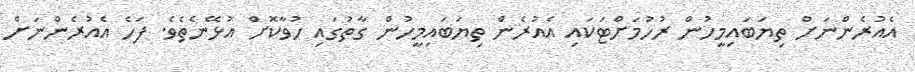
އެއުރެންނަށް ތިޔަބައިމީހުން ރުހުމަށްޓަކައި އެއުރެން ތިޔަބައިމީހުން ގާތުގައި ހުވާކޮށް އުޅޭނެތެވެ. ފަހެ އެއުރެންނަށް